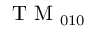
\mathrm { ~ T ~ M ~ } _ { 0 1 0 }